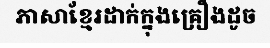
ភាសាខ្មែរដាក់ក្នុងគ្រឿងដូច